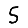
Digit: 5